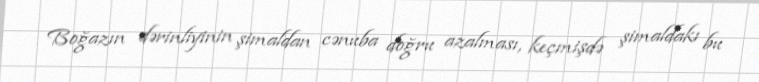
Boğazın dərinliyinin şimaldan cənuba doğru azalması, keçmişdə şimaldakı bu